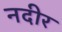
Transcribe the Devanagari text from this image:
नदीर